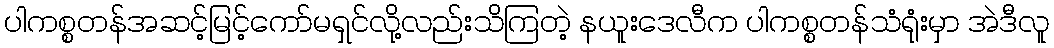
ပါကစ္စတန်အဆင့်မြင့်ကော်မရှင်လို့လည်းသိကြတဲ့ နယူးဒေလီက ပါကစ္စတန်သံရုံးမှာ အဲဒီလူ